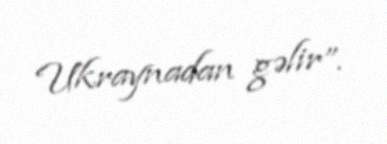
Ukraynadan gəlir”.